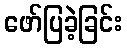
ဖော်ပြခဲ့ခြင်း